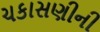
ચકાસણીની